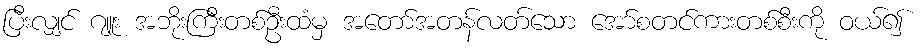
ပြီးလျှင် ဂျူး အဘိုးကြီးတစ်ဦးထံမှ အတော်အတန်လတ်သော အော်စတင်ကားတစ်စီးကို ဝယ်၍